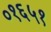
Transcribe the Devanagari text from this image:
०१६५१